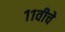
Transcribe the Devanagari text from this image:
११वीचे